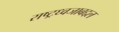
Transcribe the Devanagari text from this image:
राष्ट्रध्वजाबद्दल